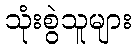
သုံးစွဲသူများ